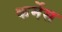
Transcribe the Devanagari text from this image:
कर्मेस